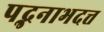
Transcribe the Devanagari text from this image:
पद्भनाभदत्त